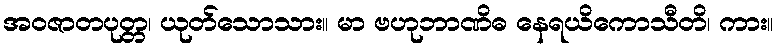
အဝဇာတပုတ္တ၊ ယုတ်သောသား။ မာ ဗဟုဘာဏိဓ နေရယိကောသီတိ၊ ကား။